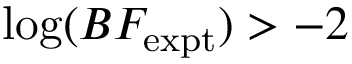
\log ( B F _ { \mathrm { e x p t } } ) > - 2